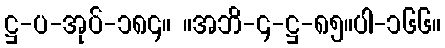
ဋ္ဌ-ပ-အုပ်-၁၈၄။ ။အဘိ-၄-ဋ္ဌ-၈၅။ပါ-၁၆၆။